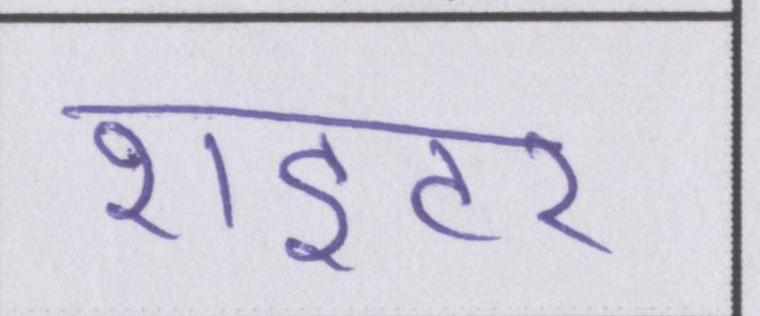
राइटर